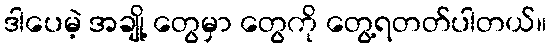
ဒါပေမဲ့ အချို့ တွေမှာ တွေကို တွေ့ရတတ်ပါတယ်။